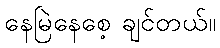
နေမြဲနေစေ့ ချင်တယ်။